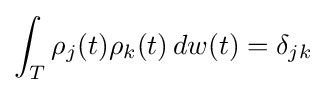
\int _{T}\rho _{j}(t)\rho _{k}(t)\,dw(t)=\delta _{jk}